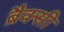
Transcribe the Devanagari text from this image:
ब्रैक्सी